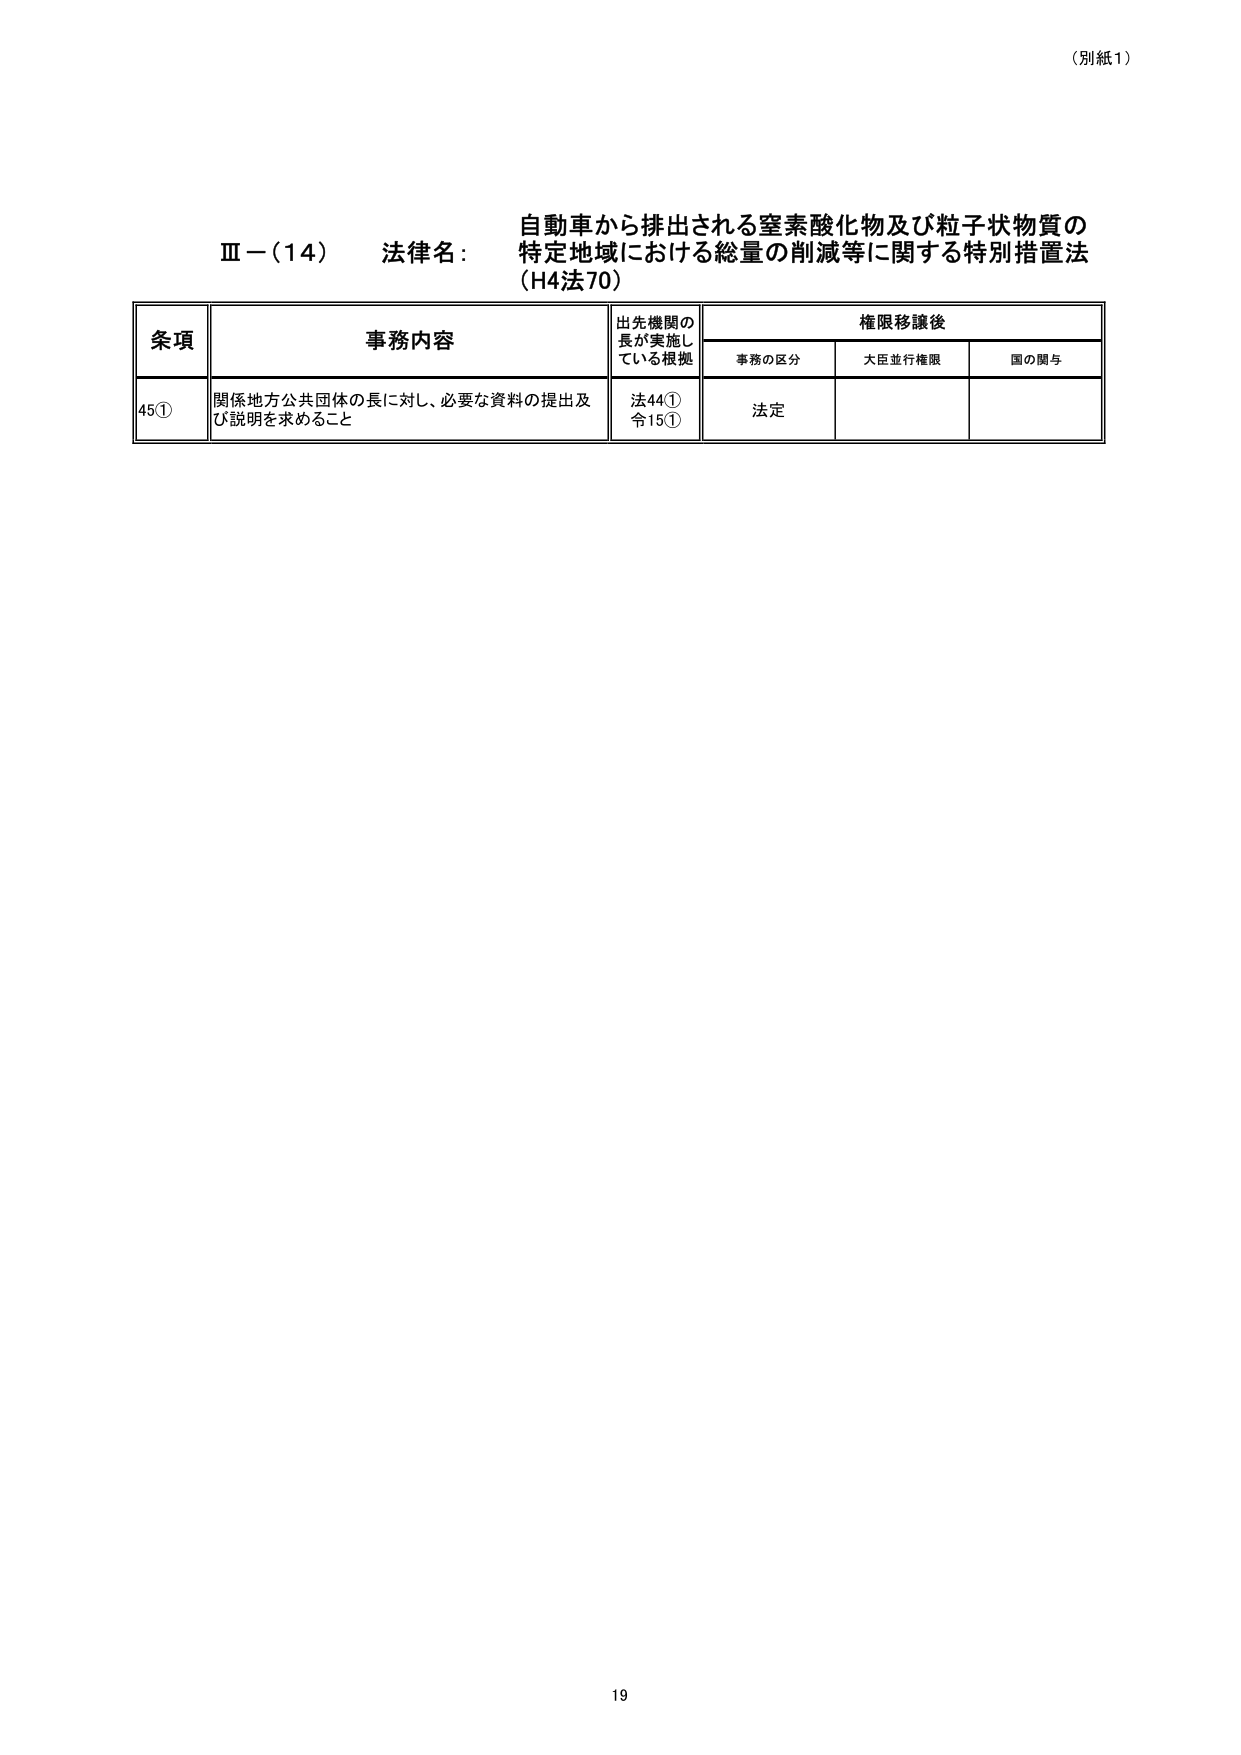
（別紙1）

Ⅲ－（14） 法律名： 自動車から排出される窒素酸化物及び粒子状物質の
特定地域における総量の削減等に関する特別措置法
（H4法70）

条項 事務内容 出先機関の
長が実施し 権限移譲後
ている根拠 事務の区分 大臣並行権限 国の関与

45① 関係地方公共団体の長に対し、必要な資料の提出及 法44①
び説明を求めること 令15① 法定

19